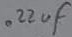
Text: .22µF